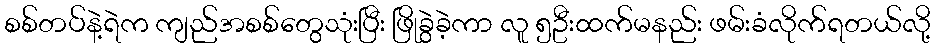
စစ်တပ်နဲ့ရဲက ကျည်အစစ်တွေသုံးပြီး ဖြိုခွဲခဲ့ကာ လူ ၅ဦးထက်မနည်း ဖမ်းခံလိုက်ရတယ်လို့